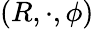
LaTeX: (R,\cdot,\phi)